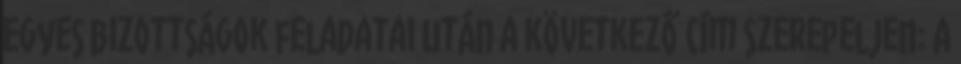
egyes bizottságok feladatai után a következő cím szerepeljen: A